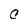
Character: C